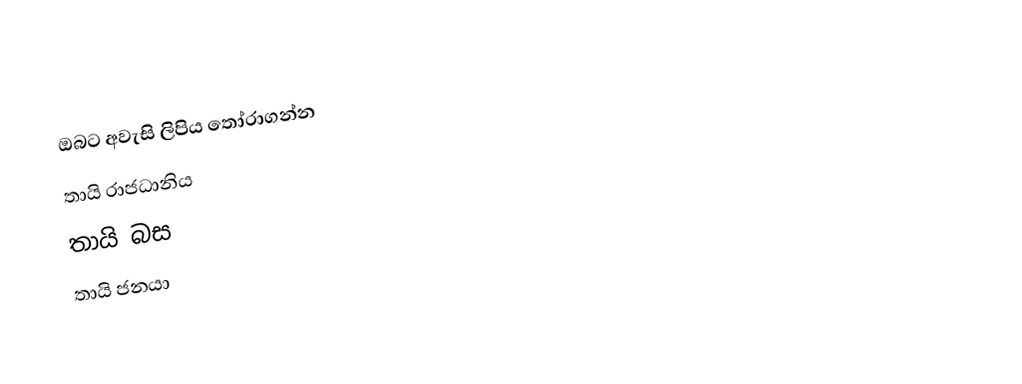
ඔබට අවැසි ලිපිය තෝරාගන්න
 තායි රාජධානිය
 තායි බස
 තායි ජනයා